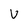
Character: V